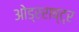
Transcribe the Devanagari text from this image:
ओड्रराष्ट्र